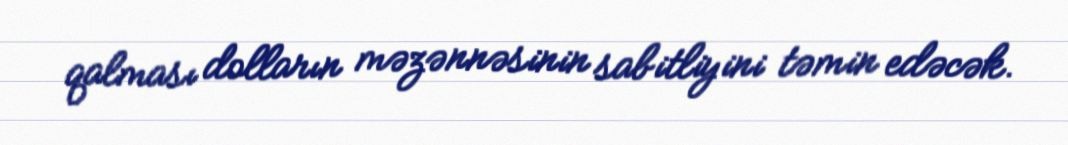
qalması dolların məzənnəsinin sabitliyini təmin edəcək.